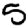
Digit: 5